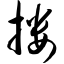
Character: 搂